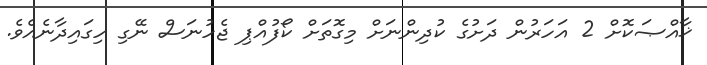
ޚާއްޞަކޮށް 2 އަހަރުން ދަށުގެ ކުދިންނަށް މިގޮތަށް ކޯފުއްޕި ޖެހުނަސް ނޭގި ހިގައިދާނެއެވެ.